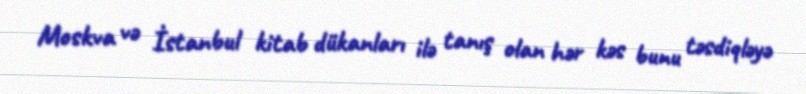
Moskva və İstanbul kitab dükanları ilə tanış olan hər kəs bunu təsdiqləyə